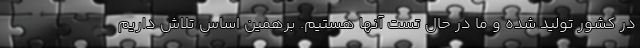
در کشور تولید شده و ما در حال تست آنها هستیم. برهمین اساس تلاش داریم